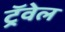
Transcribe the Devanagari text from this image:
ट्रॅवेल